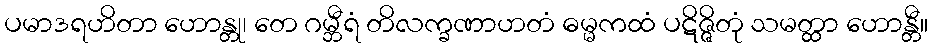
ပမာဒရဟိတာ ဟောန္တု၊ တေ ဂမ္ဘီရံ တိလက္ခဏာဟတံ ဓမ္မကထံ ပဋိဇ္ဇိတုံ သမတ္ထာ ဟောန္တီ။